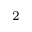
^ { 2 }